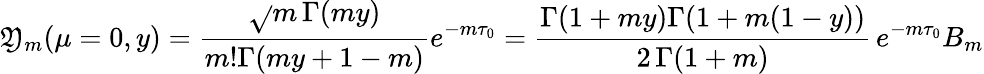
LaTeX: \mathfrak{Y}_{m}(\mu=0,y)=\frac{{\sqrt{}{{m}}\, \Gamma(my)}}{{m!\Gamma(my+1-m)}}e^{-m\tau_{0}}=\frac{{\Gamma(1+my)\Gamma(1+m(1-y))}}{{2\, \Gamma(1+m)}}\, e^{-m\tau_{0}}B_{m}